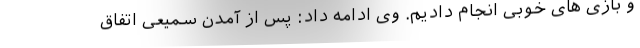
و بازی های خوبی انجام دادیم. وی ادامه داد: پس از آمدن سمیعی اتفاق